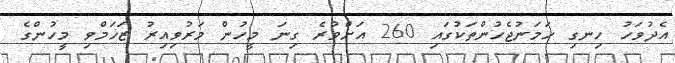
އެދުވަހު ހިނގި ހަމަނުޖެހުންތަކުގައި 260 އަށްވުރެ ގިނަ މީހުން މަރުވިއިރު ޒަޚަމްވި މީހުންގެ